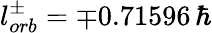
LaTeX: l_{orb}^{\pm}=\mp 0.71596\, \hbar